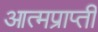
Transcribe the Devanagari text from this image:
आत्मप्राप्ती